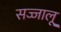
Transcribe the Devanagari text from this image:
सज्जालू